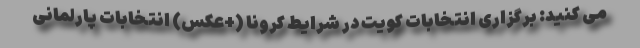
می کنید: برگزاری انتخابات کویت در شرایط کرونا (+عکس) انتخابات پارلمانی